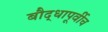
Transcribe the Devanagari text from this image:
बौद्धापूर्वीच